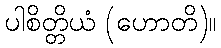
ပါစိတ္တိယံ (ဟောတိ)။